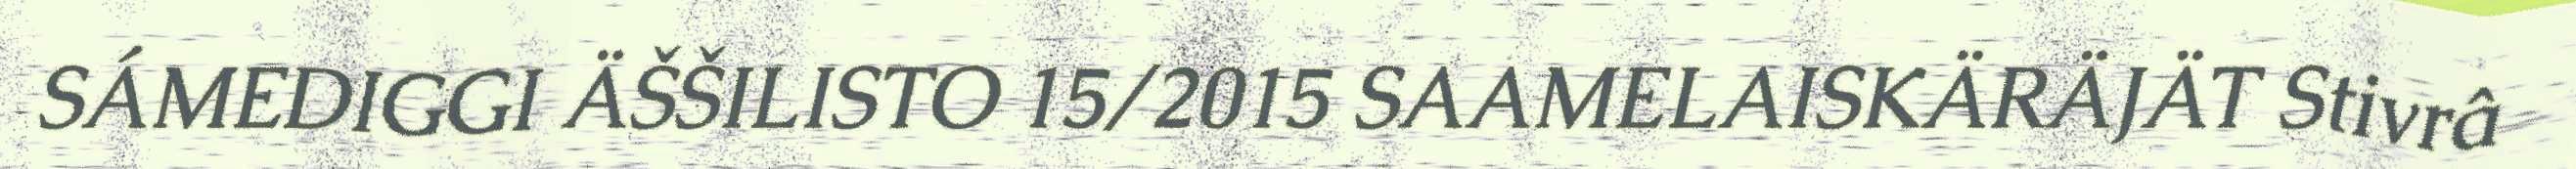
SÁMEDIGGI ÄŠŠILISTO 15/2015 SAAMELAISKÄRÄJÄT Stivrâ